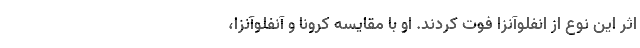
اثر این نوع از انفلوآنزا فوت کردند. او با مقایسه کرونا و آنفلوآنزا،